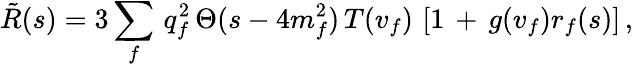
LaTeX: \tilde{R}(s)=3\sum_{f}\, q_{f}^{2}\, \Theta(s-4m_{f}^{2})\, T(v_{f})\, \left[1\, +\, g(v_{f})r_{f}(s)\right]\, ,